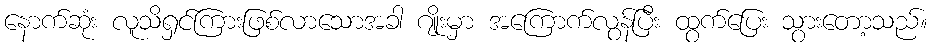
နောက်ဆုံး လူသိရှင်ကြားဖြစ်လာသောအခါ ဂျိုးမှာ အကြောက်လွန်ပြီး ထွက်ပြေး သွားတော့သည်။